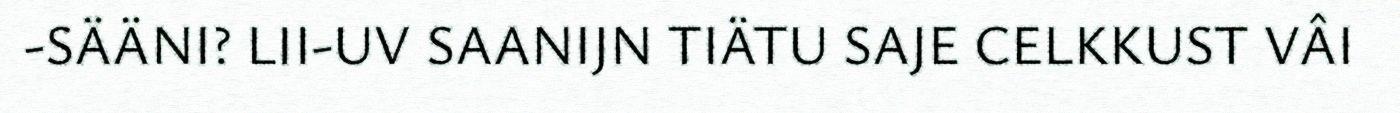
-SÄÄNI? LII-UV SAANIJN TIÄTU SAJE CELKKUST VÂI